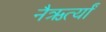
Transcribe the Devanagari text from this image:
नैऋर्त्यां